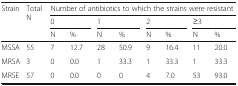
<table><thead><tr><td rowspan="3"><b>Strain</b></td><td rowspan="3"><b>Total N</b></td><td colspan="8"><b>Number of antibiotics to which the strains were resistant</b></td></tr><tr><td colspan="2"><b>0</b></td><td colspan="2"><b>1</b></td><td colspan="2"><b>2</b></td><td colspan="2"><b>≥3</b></td></tr><tr><td><b>N</b></td><td><b>%</b></td><td><b>N</b></td><td><b>%</b></td><td><b>N</b></td><td><b>%</b></td><td><b>N</b></td><td><b>%</b></td></tr></thead><tbody><tr><td>MSSA</td><td>55</td><td>7</td><td>12.7</td><td>28</td><td>50.9</td><td>9</td><td>16.4</td><td>11</td><td>20.0</td></tr><tr><td>MRSA</td><td>3</td><td>0</td><td>0.0</td><td>1</td><td>33.3</td><td>1</td><td>33.3</td><td>1</td><td>33.3</td></tr><tr><td>MRSE</td><td>57</td><td>0</td><td>0.0</td><td>0</td><td>0</td><td>4</td><td>7.0</td><td>53</td><td>93.0</td></tr></tbody></table>